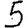
Digit: 5